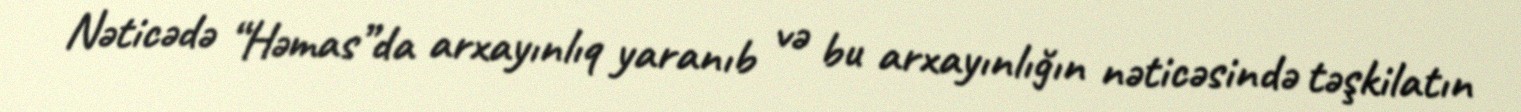
Nəticədə “Həmas”da arxayınlıq yaranıb və bu arxayınlığın nəticəsində təşkilatın